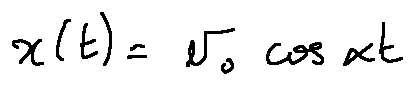
x ( t ) = v _ { 0 } \cos \alpha t